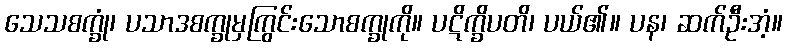
သေသစက္ခုံ၊ ပသာဒစက္ခုမှကြွင်းသောစက္ခုကို။ ပဋိက္ခိပတိ၊ ပယ်၏။ ပန၊ ဆက်ဦးအံ့။